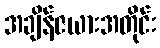
အချိန်ဇယားအတိုင်း